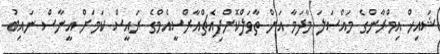
ޝައިޚް އިމްރާންގެ މައްސަލަ މާދަމާ އަށް ތާވަލްކޮށްފިއެޗްއާރްސީއެމްގެ ރައީސް ކަމަށް އީނާސް ނައިބު